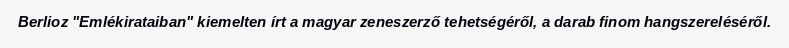
Berlioz "Emlékirataiban" kiemelten írt a magyar zeneszerző tehetségéről, a darab finom hangszereléséről.